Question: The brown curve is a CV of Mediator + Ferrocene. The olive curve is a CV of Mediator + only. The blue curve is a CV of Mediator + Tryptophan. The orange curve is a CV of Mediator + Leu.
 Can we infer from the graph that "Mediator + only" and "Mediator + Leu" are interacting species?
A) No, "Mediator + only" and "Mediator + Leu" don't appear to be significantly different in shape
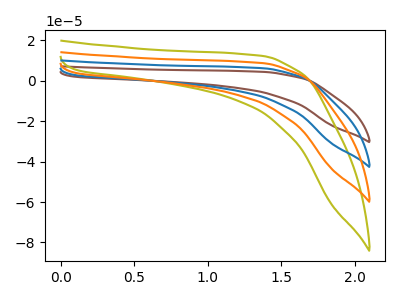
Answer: <think>The brown curve "Mediator + Ferrocene" has no peaks. The olive curve "Mediator + only" has no peaks. The blue curve "Mediator + Tryptophan" has no peaks. The orange curve "Mediator + Leu" has no peaks.
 Neither "Mediator + only" or "Mediator + Leu" have any peaks.</think>
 <answer>A) No, "Mediator + only" and "Mediator + Leu" don't appear to be significantly different in shape</answer>
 <eval>A</eval>